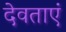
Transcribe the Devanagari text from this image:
देवताएं